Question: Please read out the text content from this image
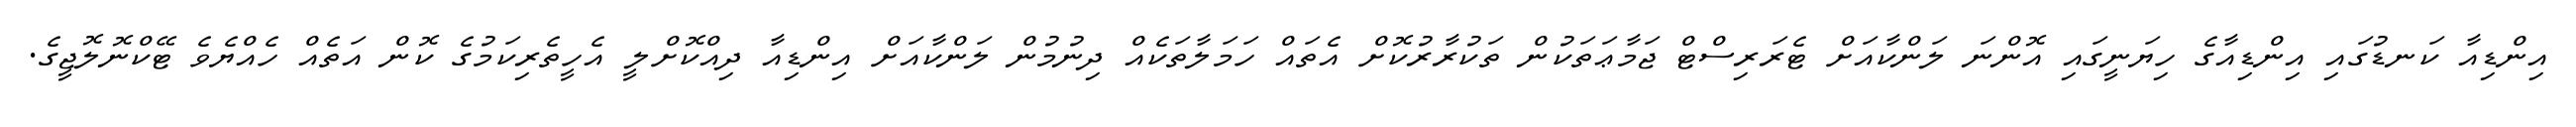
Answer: އިންޑިއާ ކަނޑުގައި އިންޑިއާގެ ހިޔަނީގައި އޮންނަ ލަންކާއަށް ޓެރަރިސްޓް ޖަމާޢަތަކުން ތަކުރާރުކޮށް އެތައް ހަމަލާތަކެއް ދިނުމުން ލަންކާއަށް އިންޑިއާ ދިއްކޮށްލީ އެހީތެރިކަމުގެ ކޮން އަތެއް ހެއްޔެވެ ޓޭކްނޮލޮޖީގެ.